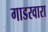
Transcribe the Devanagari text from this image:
गाडरवारा